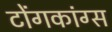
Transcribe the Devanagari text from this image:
टोंगकांग्स